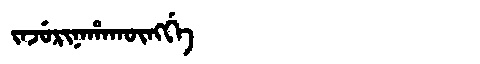
Manchu: ᠵᠠᠵᡠᡵᡳᠨᠠᡥᠠᡴᡡᠩᡤᡝ
Romanization: JAJURINAHAKŪNGGE